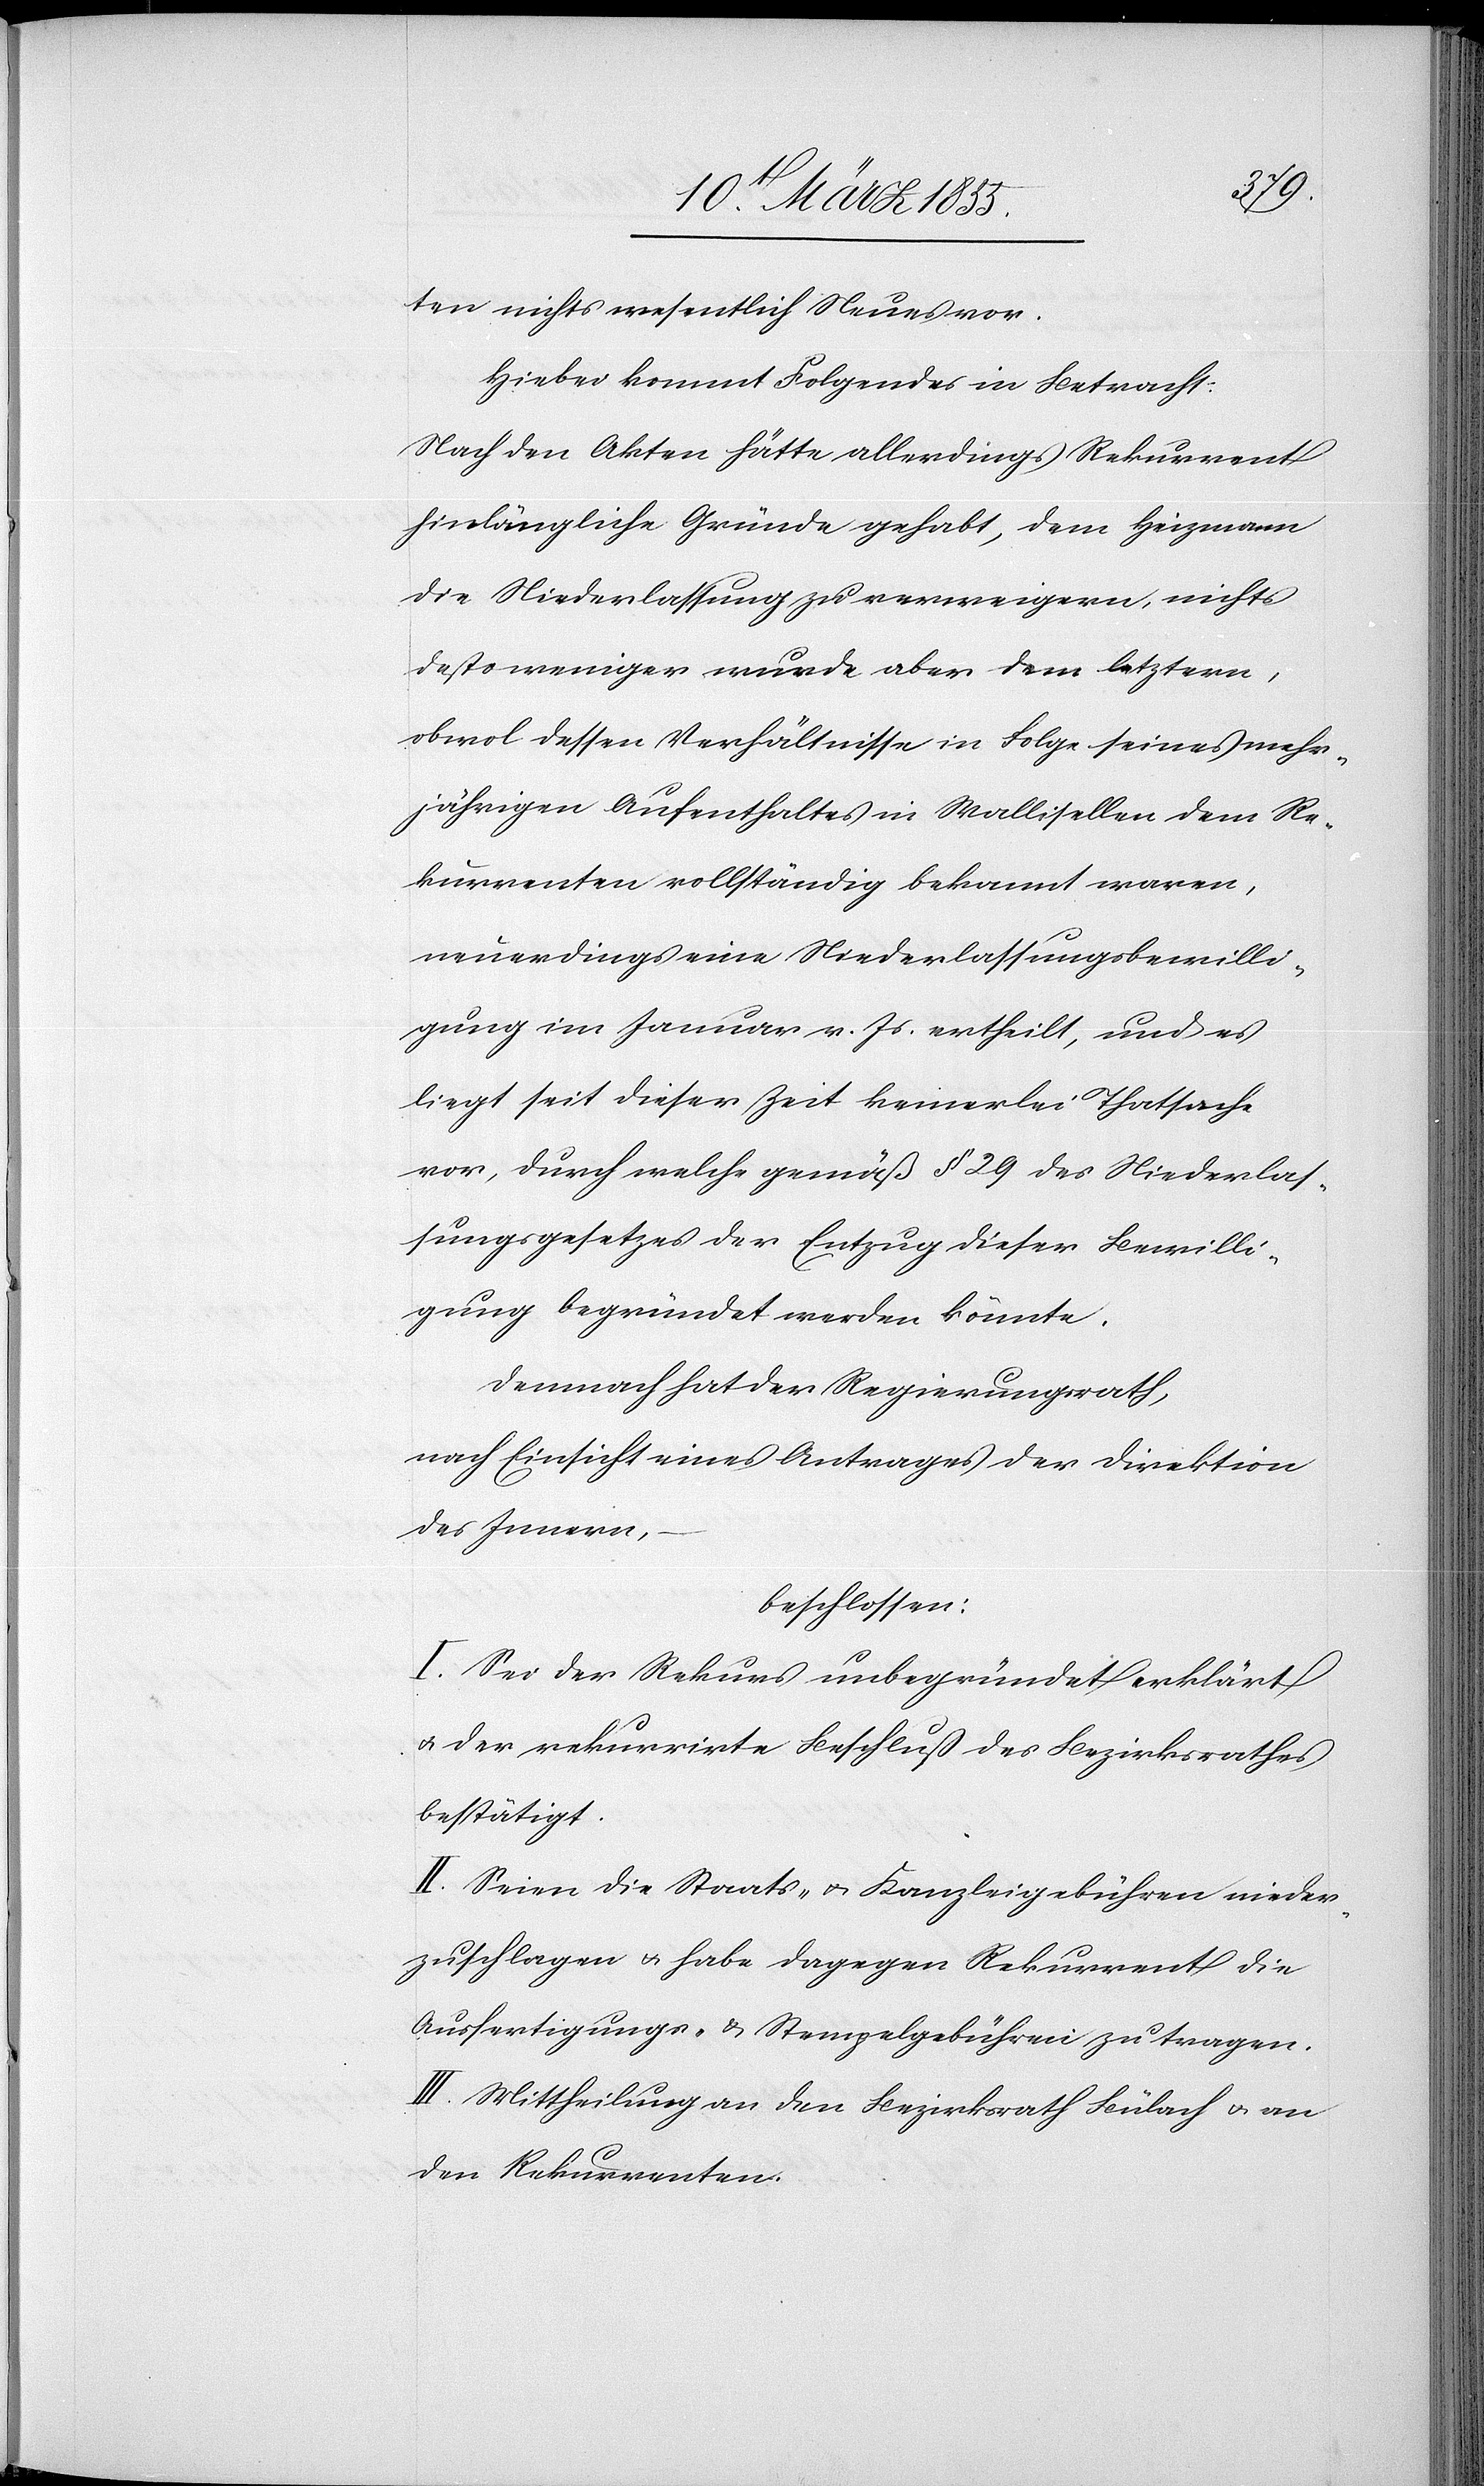
ten nichts wesentlich Neues vor.
Hiebei kommt Folgendes in Betracht:
Nach den Akten hätte allerdings Rekurrent
hinlängliche Gründe gehabt, dem Heizmann
die Niederlassung zu verweigern, nichts
desto weniger wurde aber dem letztern,
obwol dessen Verhältnisse in Folge seines mehr¬
jährigen Aufenthaltes in Wallisellen dem Re¬
kurrenten vollständig bekannt waren,
neuerdings eine Niederlassungsbewilli¬
gung im Januar v. Js ertheilt, und es
liegt seit dieser Zeit keinerlei Thatsache
vor, durch welche gemäß § 29 des Niederlas¬
sungsgesetzes der Entzug dieser Bewilli¬
gung begründet werden könnte.
Demnach hat der Regierungsrath,
nach Einsicht eines Antrages der Direktion
des Innern,
beschlossen:
I. Sei der Rekurs unbegründet erklärt
& der rekurrirte Beschluß des Bezirksrathes
bestätigt.
II. Seien die Staats- & Kanzleigebühren nieder¬
zuschlagen & habe dagegen Rekurrent die
Ausfertigungs- & Stempelgebühren zu tragen.
III. Mittheilung an den Bezirksrath Bülach & an
den Rekurrenten.